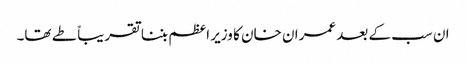
ان سب کے بعد عمران خان کا وزیر اعظم بننا تقریباً طے تھا۔